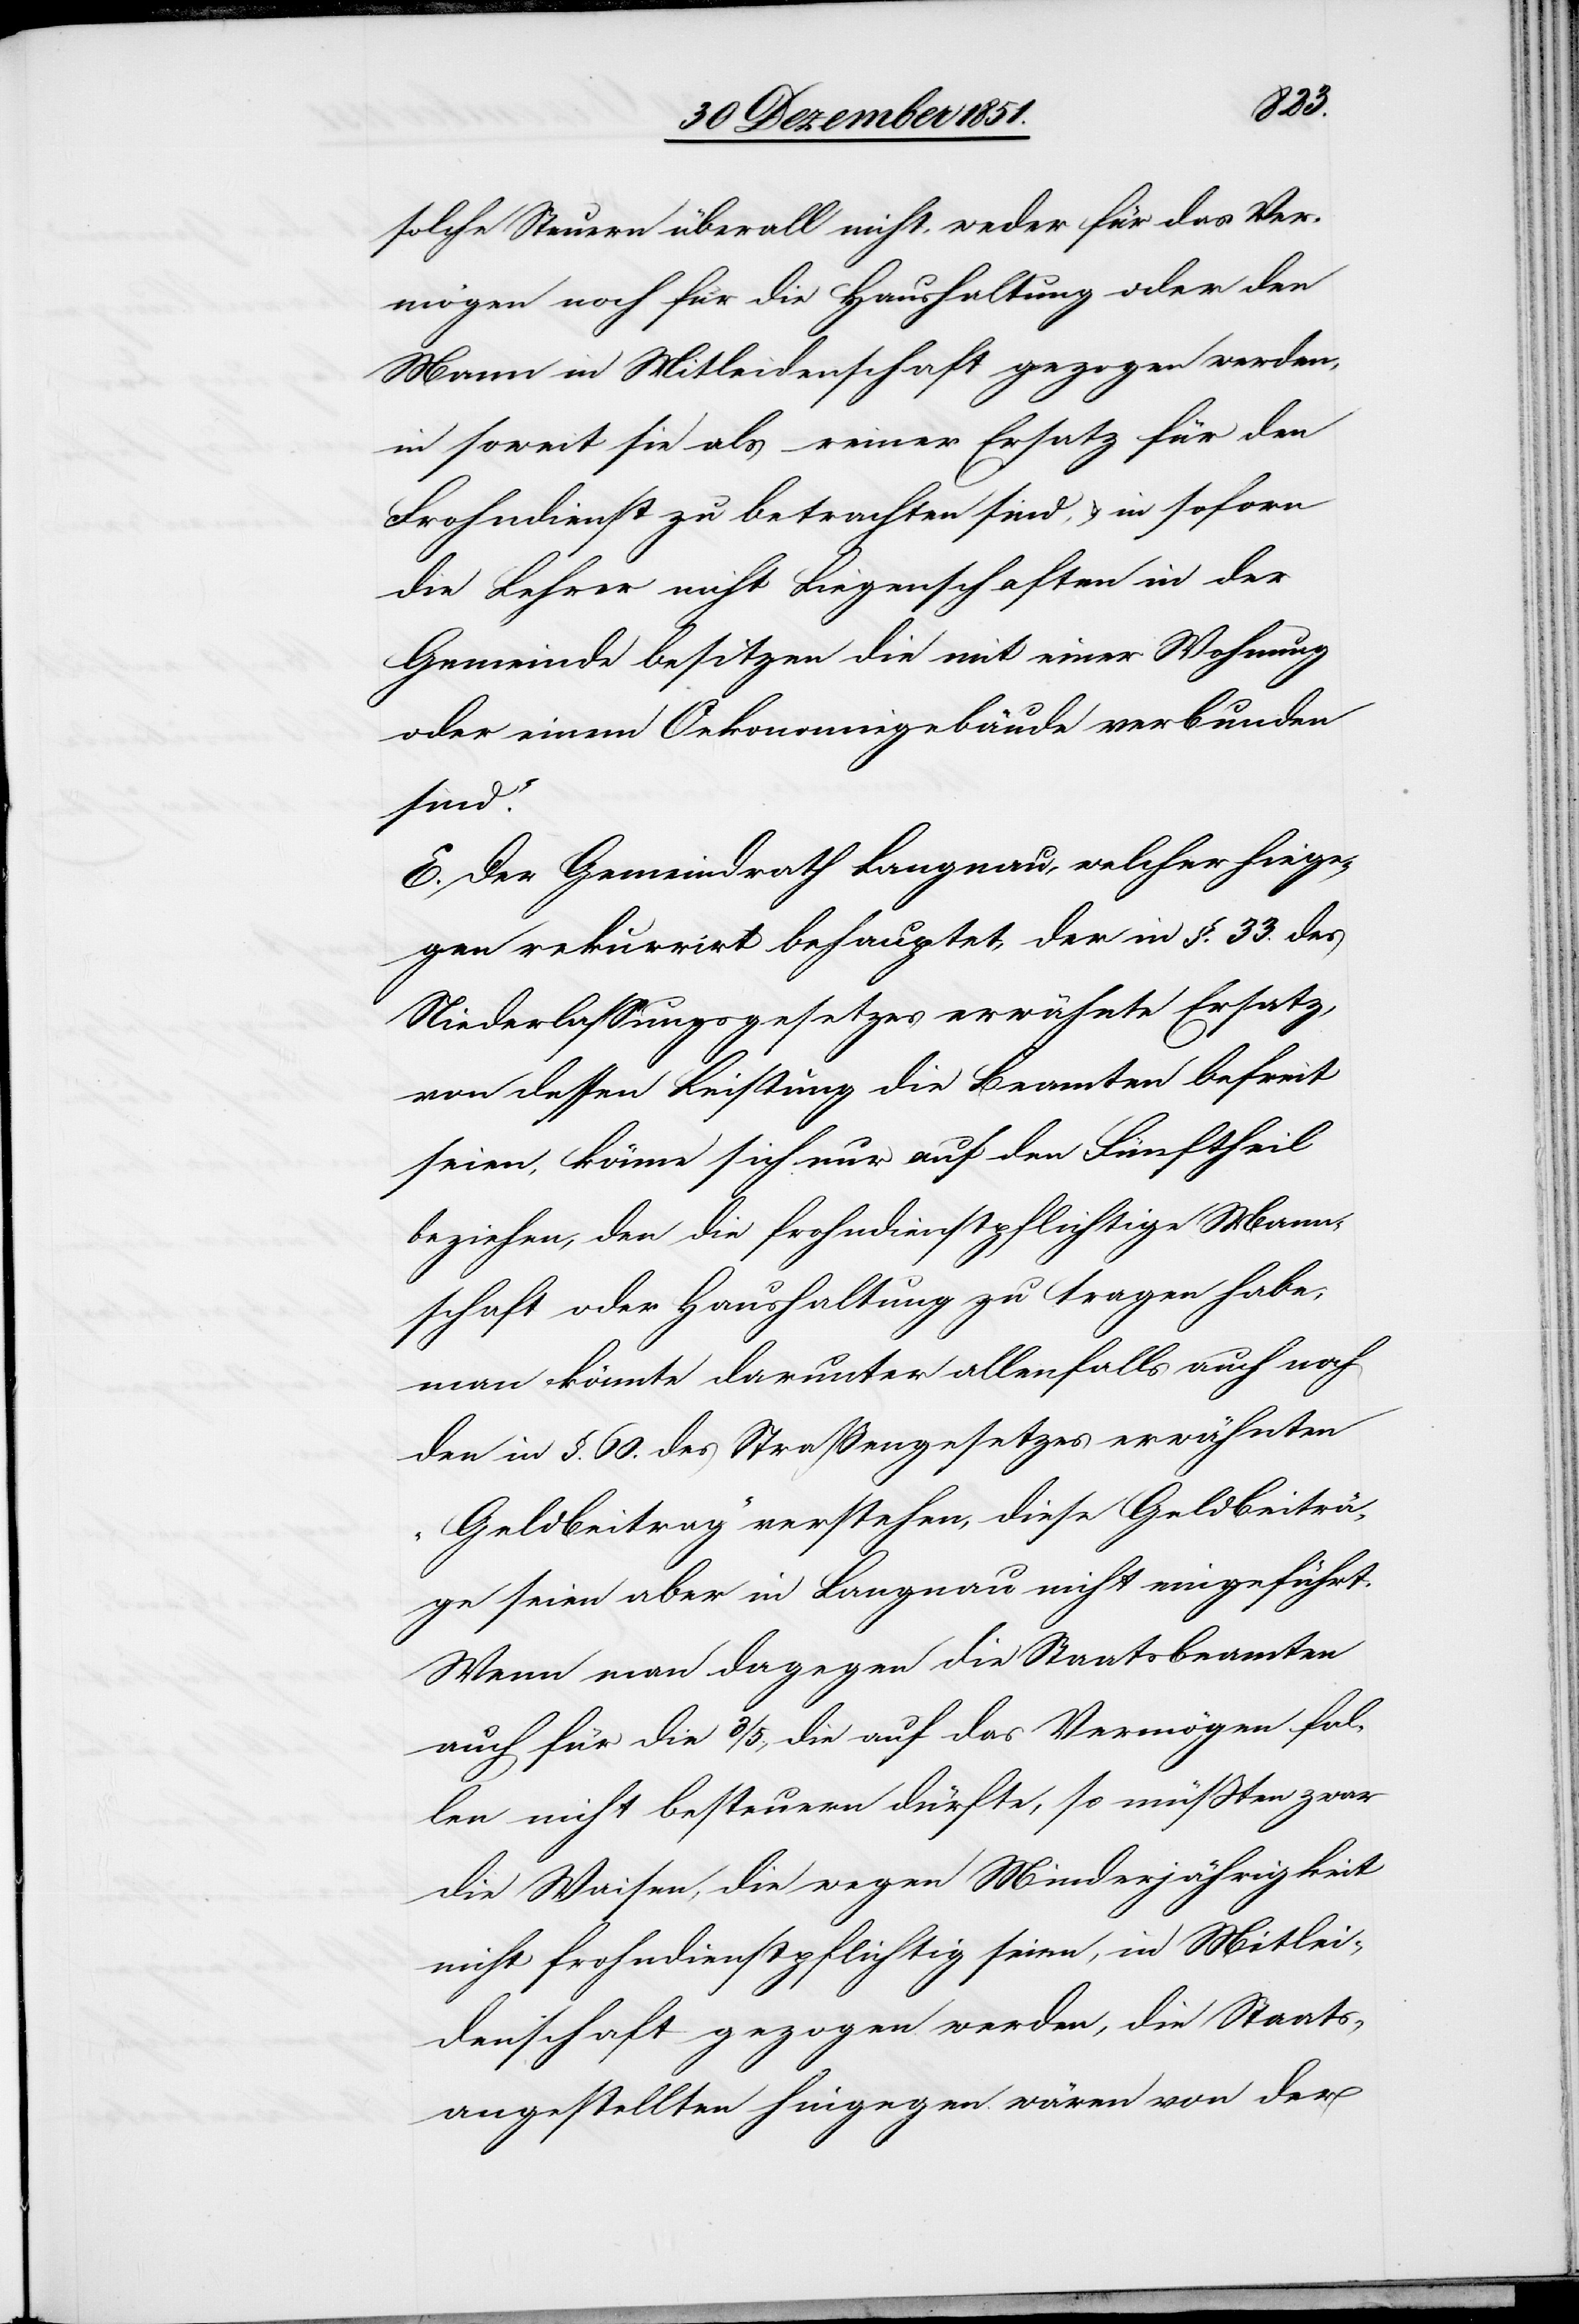
solche Steuern überall nicht, weder für das Ver¬
mögen noch für die Haushaltung oder den
Mann in Mitleidenschaft gezogen werden,
in soweit sie als reiner Ersatz für den
Frohndienst zu betrachten sind, & in soforn
die Lehrer nicht Liegenschaften in der
Gemeinde besitzen die mit einer Wohnung
oder einem Oekonomiegebäude verbunden
sind.“
E. Der Gemeindrath Langnau, welcher hiege¬
gen rekurrirt behauptet, der in §. 33. des
Niederlassungsgesetzes erwähnte Ersatz,
von dessen Leistung die Beamten befreit
seien, könne sich nur auf den Fünftheil
beziehen, den die frohndienstpflichtige Mann¬
schaft oder Haushaltung zu tragen habe;
man könnte darunter allenfalls auch noch
den in §. 60. des Straßengesetzes erwähnten
„Geldbeitrag“ verstehen, diese Geldbeiträ¬
ge seien aber in Langnau nicht eingeführt.
Wenn man dagegen die Staatsbeamten
auch für die 3/5., die auf das Vermögen fal¬
len nicht besteuern dürfte, so müßten zwar
die Waisen, die wegen Minderjährigkeit
nicht frohndienstpflichtig seien, in Mitlei¬
denschaft gezogen werden, die Staats¬
angestellten hingegen wären von der